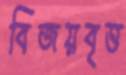
বিজয়বৃত্ত